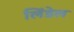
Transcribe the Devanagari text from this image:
लिंडेल